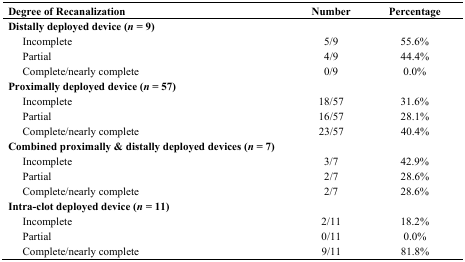
| <COLSPAN=2> Degree of Recanalization | Number | Percentage |
 | --- | --- | --- | --- |
 | <COLSPAN=2> Distally deployed device (n = 9) |  |  |
 |  | Incomplete | 5/9 | 55.6% |
 |  | Partial | 4/9 | 44.4% |
 |  | Complete/nearly complete | 0/9 | 0.0% |
 | <COLSPAN=2> Proximally deployed device (n = 57) |  |  |
 |  | Incomplete | 18/57 | 31.6% |
 |  | Partial | 16/57 | 28.1% |
 |  | Complete/nearly complete | 23/57 | 40.4% |
 | <COLSPAN=2> Combined proximally & distally deployed devices (n = 7) |  |  |
 |  | Incomplete | 3/7 | 42.9% |
 |  | Partial | 2/7 | 28.6% |
 |  | Complete/nearly complete | 2/7 | 28.6% |
 | <COLSPAN=2> Intra-clot deployed device (n = 11) |  |  |
 |  | Incomplete | 2/11 | 18.2% |
 |  | Partial | 0/11 | 0.0% |
 |  | Complete/nearly complete | 9/11 | 81.8% |